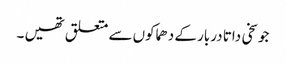
جو سخی داتا دربار کے دھماکوں سے متعلق تھیں ۔